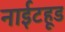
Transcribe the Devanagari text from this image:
नाईटहूड